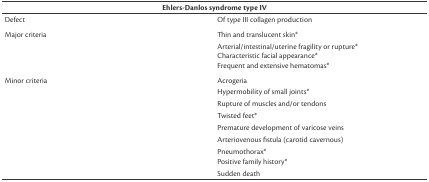
<table><thead><tr><td colspan="2"><b>Ehlers-Danlos syndrome type IV</b></td></tr></thead><tbody><tr><td>Defect</td><td>Of type III collagen production</td></tr><tr><td>Major criteria</td><td>Thin and translucent skin<sup>*</sup></td></tr><tr><td></td><td>Arterial/intestinal/uterine fragility or rupture<sup>*</sup>Characteristic facial appearance<sup>*</sup>Frequent and extensive hematomas<sup>*</sup></td></tr><tr><td>Minor criteria</td><td>Acrogeria</td></tr><tr><td></td><td>Hypermobility of small joints<sup>*</sup></td></tr><tr><td></td><td>Rupture of muscles and/or tendons</td></tr><tr><td></td><td>Twisted feet<sup>*</sup></td></tr><tr><td></td><td>Premature development of varicose veins</td></tr><tr><td></td><td>Arteriovenous fistula (carotid cavernous)</td></tr><tr><td></td><td>Pneumothorax<sup>*</sup>Positive family history<sup>*</sup></td></tr><tr><td></td><td>Sudden death</td></tr></tbody></table>